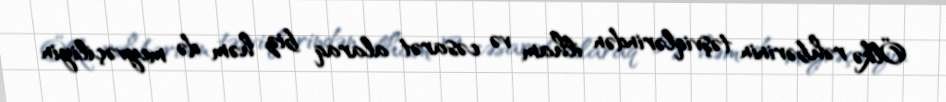
Ölkə rəhbərinin təşviqlərindən ilham və cəsarət alaraq biz həm də meyvəçiliyin